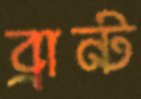
ব্রান্ট